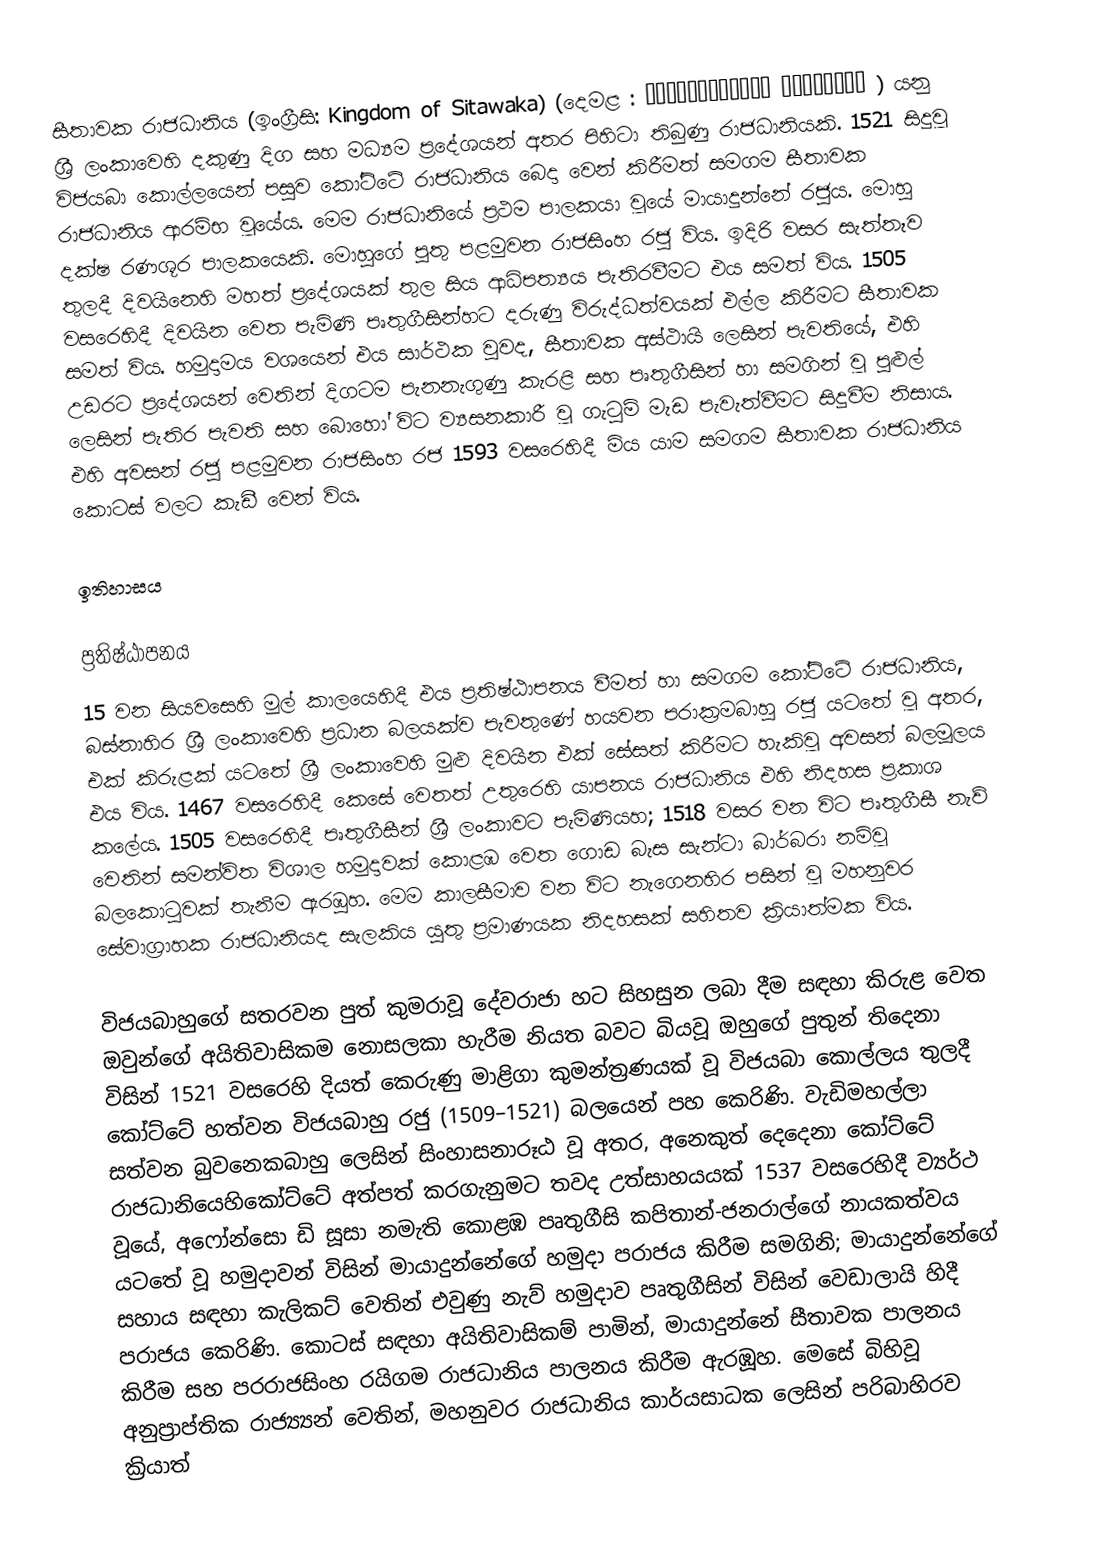
සීතාවක රාජධානිය (ඉංග්‍රීසි: Kingdom of Sitawaka) (දෙමළ : சீீீதாவாக்கை இராசதானி ) යනු  ශ්‍රී ලංකාවෙහි දකුණු දිග සහ මධ්‍යම  ප්‍රදේශයන් අතර පිහිටා තිබුණු රාජධානියකි. 1521 සිදුවූ විජයබා කොල්ලයෙන් පසුව කෝට්ටේ රාජධානිය බෙදා වෙන් කිරීමත් සමගම සීතාවක රාජධානිය ආරම්භ වූයේය.  මෙම රාජධානියේ ප්‍රථම පාලකයා වූයේ මායාදුන්නේ රජුය. මොහු දක්ෂ රණශූර පාලකයෙකි. මොහුගේ පුතු පළමුවන රාජසිංහ රජු විය. ඉදිරි වසර සැත්තෑව තුලදී දිවයිනෙහි මහත් ප්‍රදේශයක් තුල සිය ආධිපත්‍යය පැතිරවීමට එය සමත් විය. 1505 වසරෙහිදී දිවයින වෙත පැමිණි පෘතුගීසින්හට දරුණු විරුද්ධත්වයක් එල්ල කිරීමට සීතාවක සමත් විය. හමුදාමය වශයෙන් එය සාර්ථක වුවද, සීතාවක අස්ථායි ලෙසින් පැවතියේ, එහි උඩරට ප්‍රදේශයන් වෙතින් දිගටම පැනනැගුණු කැරළි සහ පෘතුගීසින් හා සමගින් වූ පුළුල් ලෙසින් පැතිර පැවති සහ බොහෝ විට  ව්‍යසනකාරී වූ ගැටුම් මැඩ පැවැත්වීමට සිදුවීම නිසාය. එහි අවසන් රජු පළමුවන රාජසිංහ රජ 1593 වසරෙහිදී මිය යාම සමගම සීතාවක රාජධානිය කොටස් වලට කැඩී වෙන් විය.

ඉතිහාසය

ප්‍රතිෂ්ඨාපනය
15 වන සියවසෙහි මුල් කාලයෙහිදී එය ප්‍රතිෂ්ඨාපනය වීමත් හා සමගම කෝට්ටේ රාජධානිය, බස්නාහිර ශ්‍රී ලංකාවෙහි ප්‍රධාන බලයක්ව පැවතුණේ  හයවන පරාක්‍රමබාහු රජු යටතේ වූ අතර, එක් කිරුළක් යටතේ  ශ්‍රී ලංකාවෙහි මුළු දිවයින එක් සේසත් කිරීමට හැකිවූ අවසන්  බලමූලය එය විය. 1467 වසරෙහිදී කෙසේ වෙතත් උතුරෙහි යාපනය රාජධානිය එහි නිදහස ප්‍රකාශ කලේය.  1505 වසරෙහිදී පෘතුගීසීන් ශ්‍රී ලංකාවට පැමිණියහ; 1518 වසර වන විට  පෘතුගීසී නැව් වෙතින් සමන්විත විශාල හමුදාවක්  කොළඹ වෙත ගොඩ බැස සැන්ටා බාර්බරා නම්වූ බලකොටුවක් තැනීම ඇරඹූහ. මෙම කාලසීමාව වන විට නැගෙනහිර පසින් වූ මහනුවර සේවාග්‍රාහක රාජධානියද සැලකිය යුතු ප්‍රමාණයක නිදහසක් සහිතව ක්‍රියාත්මක විය.

විජයබාහුගේ සතරවන පුත් කුමරාවූ දේවරාජා හට සිහසුන ලබා දීම සඳහා කිරුළ වෙත ඔවුන්ගේ අයිතිවාසිකම නොසලකා හැරීම නියත බවට බියවූ ඔහුගේ පුතුන් තිදෙනා විසින් 1521 වසරෙහි දියත් කෙරුණු මාළිගා කුමන්ත්‍රණයක් වූ  විජයබා කොල්ලය තුලදී  කෝට්ටේ හත්වන විජයබාහු රජු  (1509–1521) බලයෙන් පහ කෙරිණි.  වැඩිමහල්ලා සත්වන බුවනෙකබාහු ලෙසින් සිංහාසනාරූඨ වූ අතර, අනෙකුත් දෙදෙනා කෝට්ටේ රාජධානියෙහිකෝට්ටේ අත්පත් කරගැනුමට තවද උත්සාහයයක් 1537 වසරෙහිදී ව්‍යර්ථ වූයේ,  අෆෝන්සො ඩි සූසා නමැති කොළඹ පෘතුගීසි කපිතාන්-ජනරාල්ගේ නායකත්වය යටතේ වූ හමුදාවන් විසින් මායාදුන්නේගේ හමුදා පරාජය කිරීම සමගිනි; මායාදුන්නේගේ සහාය සඳහා කැලිකට් වෙතින් එවුණු නැව් හමුදාව පෘතුගීසින් විසින් වෙඩාලායි හිදී පරාජය කෙරිණි.  කොටස් සඳහා අයිතිවාසිකම් පාමින්,  මායාදුන්නේ  සීතාවක පාලනය කිරීම සහ පරරාජසිංහ රයිගම රාජධානිය පාලනය කිරීම ඇරඹූහ. මෙසේ බිහිවූ අනුප්‍රාප්තික රාජ්‍ය්‍යන් වෙතින්,  මහනුවර රාජධානිය කාර්යසාධක ලෙසින් පරිබාහිරව ක්‍රියාත්